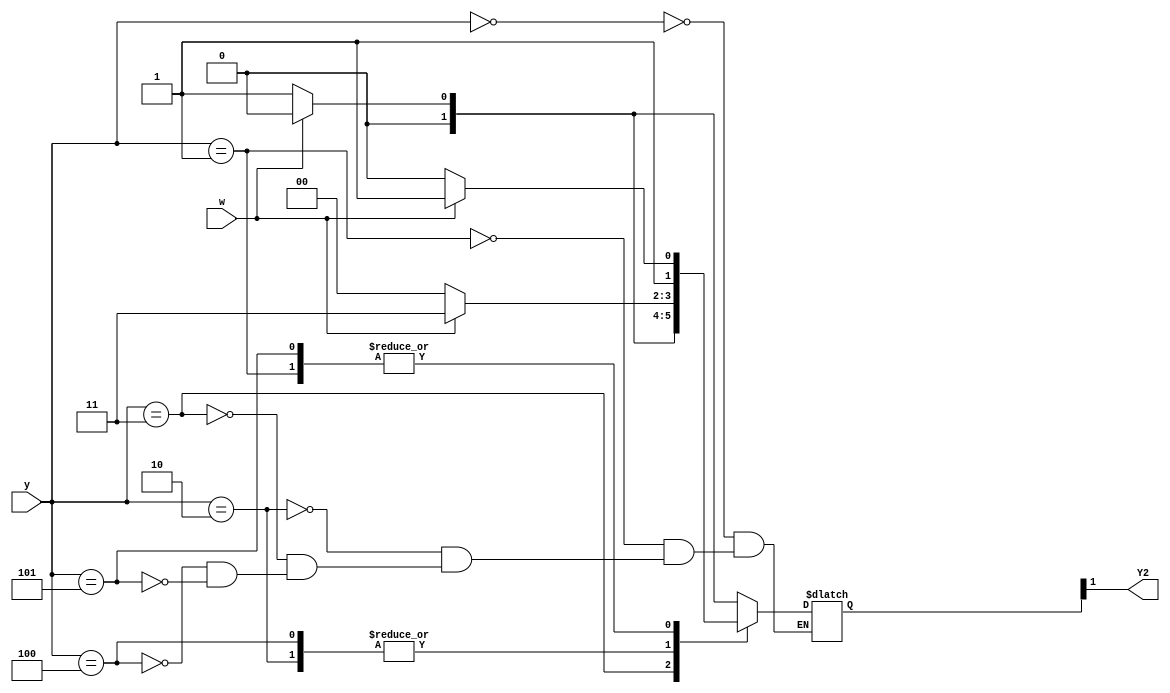
module top_module (
    input [3:1] y,
    input w,
    output Y2);

    reg [3:1]Y;
    parameter [3:1] A = 0, B = 1, C = 2, D = 3, E = 4, F = 5;

    always@(*)begin
        case(y)
            A:  Y <= w ? A: B;
            B:  Y <= w ? D: C;
            C:  Y <= w ? D: E;
            D:  Y <= w ? A: F;
            E:  Y <= w ? D: E;
            F:  Y <= w ? D: C;
        endcase 
    end

    assign Y2 = Y[2];

endmodule